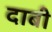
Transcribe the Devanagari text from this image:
दाबी